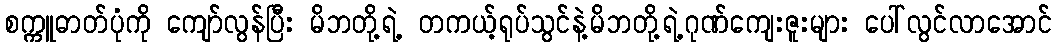
စက္ကူဓာတ်ပုံကို ကျော်လွန်ပြီး မိဘတို့ရဲ့ တကယ့်ရုပ်သွင်နဲ့မိဘတို့ရဲ့ဂုဏ်ကျေးဇူးများ ပေါ်လွင်လာအောင်